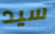
سيد